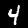
Label: 4